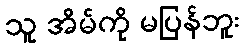
သူ အိမ်ကို မပြန်ဘူး